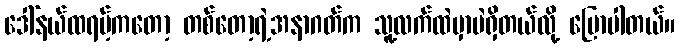
ဒေါ်နယ်ထရမ့်ကတော့ တစ်တော့ရဲ့အနာဂတ်က သူ့လက်ထဲမှာပဲရှိတယ်လို့ ပြောပါတယ်။